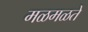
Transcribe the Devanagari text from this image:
मळमळते